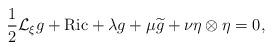
LaTeX: \begin{align*}\frac{1}{2}\mathcal{L}_{\xi} g+\mathrm{Ric}+\lambda g+\mu \widetilde{g}+\nu \eta\otimes \eta=0,\end{align*}